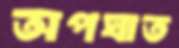
অপঘাত